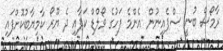
ރާމޯސް ބުނީ ސްޕެއިނުން އެންމެ ފަހުގެ ވޯލްޑް ކަޕާއި ދެ ޔޫރޯ ކާމިޔާބުކޮށްފައި